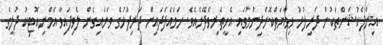
އިންފެކުޝަންތަކުން ދަރިފުޅު ހިމާޔަތްކޮށްދިނުމުގައި އެހީތެރިވެދޭނެއެވެ. ހަމައެފަދައިން ދަރިފުޅުގެ ވަށައިގެން ލެވިފައިވާ އެމްނިއޮޓިކު ދުލީގެ